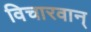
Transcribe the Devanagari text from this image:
विचारवान्